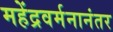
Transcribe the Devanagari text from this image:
महेंद्रवर्मनानंतर